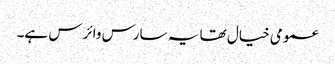
عمومی خیال تھا یہ سارس وائرس ہے۔